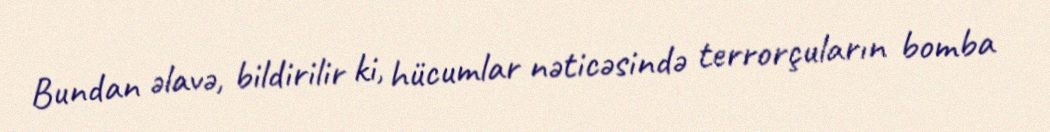
Bundan əlavə, bildirilir ki, hücumlar nəticəsində terrorçuların bomba